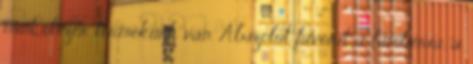
mint ötezer termékünk van. Abszolút favorit a lambéria, a